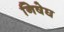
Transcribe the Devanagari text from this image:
निषेघ